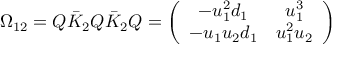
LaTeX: \Omega _ { 1 2 } = Q \bar { K } _ { 2 } Q \bar { K } _ { 2 } Q = \left( \begin{array} { c c } { { - u _ { 1 } ^ { 2 } d _ { 1 } } } & { { u _ { 1 } ^ { 3 } } } \\ { { - u _ { 1 } u _ { 2 } d _ { 1 } } } & { { u _ { 1 } ^ { 2 } u _ { 2 } } } \end{array} \right)